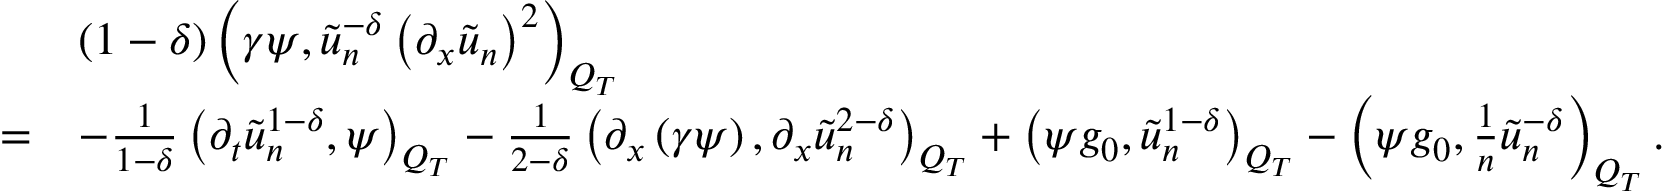
\begin{array} { r l } & { \left( 1 - \delta \right) \left( \gamma \psi , \tilde { u } _ { n } ^ { - \delta } \left( \partial _ { x } \tilde { u } _ { n } \right) ^ { 2 } \right) _ { Q _ { T } } } \\ { = } & { - \frac { 1 } { 1 - \delta } \left( \partial _ { t } \tilde { u } _ { n } ^ { 1 - \delta } , \psi \right) _ { Q _ { T } } - \frac { 1 } { 2 - \delta } \left( \partial _ { x } \left( \gamma \psi \right) , \partial _ { x } \tilde { u } _ { n } ^ { 2 - \delta } \right) _ { Q _ { T } } + \left( \psi g _ { 0 } , \tilde { u } _ { n } ^ { 1 - \delta } \right) _ { Q _ { T } } - \left( \psi g _ { 0 } , \frac { 1 } { n } \tilde { u } _ { n } ^ { - \delta } \right) _ { Q _ { T } } . } \end{array}